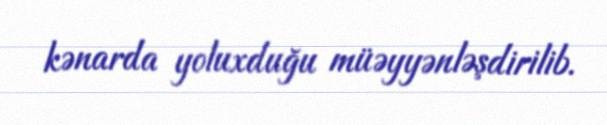
kənarda yoluxduğu müəyyənləşdirilib.